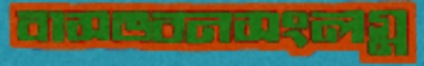
বাসভবনসংলগ্ন